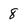
Character: 8